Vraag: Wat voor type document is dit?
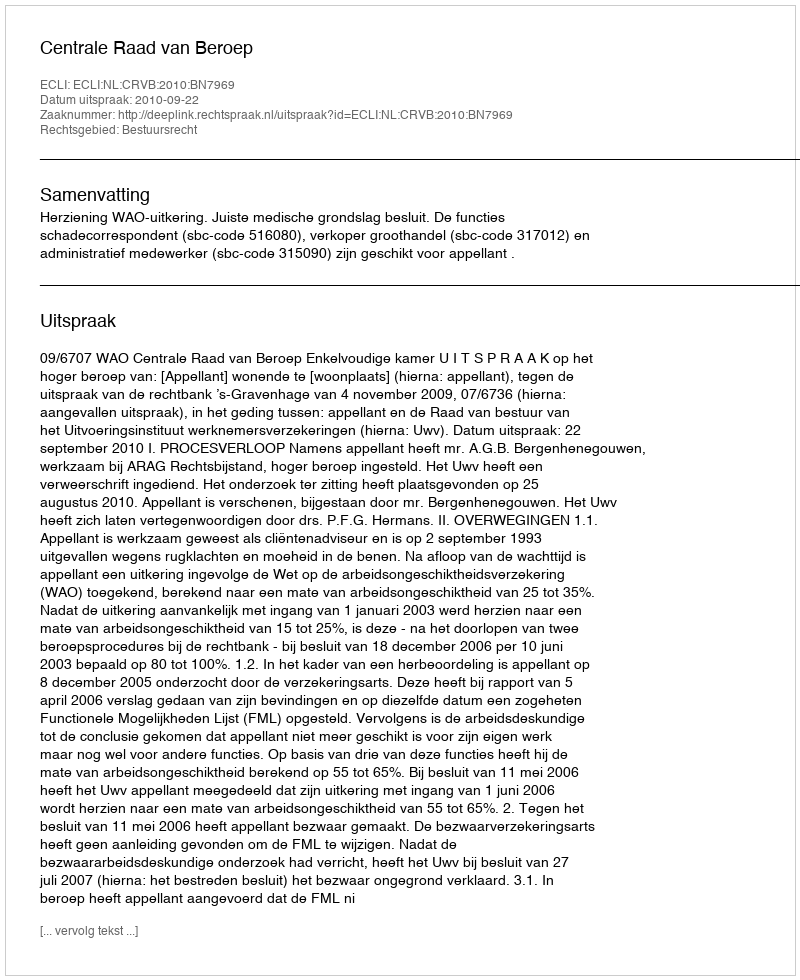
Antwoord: Uitspraak